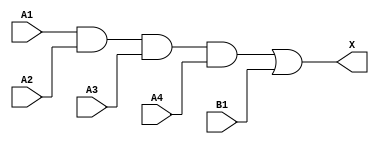
module sky130_fd_sc_ls__a41o (
    X ,
    A1,
    A2,
    A3,
    A4,
    B1
);

    // Module ports
    output X ;
    input  A1;
    input  A2;
    input  A3;
    input  A4;
    input  B1;

    // Module supplies
    supply1 VPWR;
    supply0 VGND;
    supply1 VPB ;
    supply0 VNB ;

    // Local signals
    wire and0_out ;
    wire or0_out_X;

    //  Name  Output     Other arguments
    and and0 (and0_out , A1, A2, A3, A4 );
    or  or0  (or0_out_X, and0_out, B1   );
    buf buf0 (X        , or0_out_X      );

endmodule